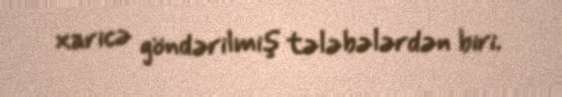
xaricə göndərilmiş tələbələrdən biri.